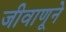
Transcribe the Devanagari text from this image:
जीवाणूने